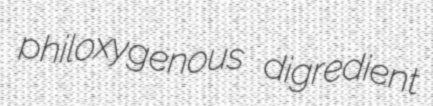
philoxygenous digredient